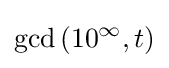
\operatorname {gcd} \left(10^{\infty },t\right)